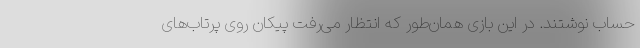
حساب نوشتند. در این بازی همان‌طور که انتظار می‌رفت پیکان روی پرتاب‌های